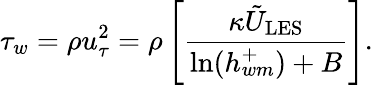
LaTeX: \tau_{w}=\rho u_{\tau}^{2}=\rho\left[\frac{\kappa\tilde{U}_{\mathrm{LES}}}{\ln(h_{wm}^{+})+B}\right].